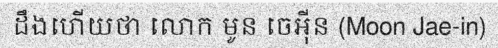
ដឹងហើយថា លោក មូន ចេអ៊ីន (Moon Jae-in)